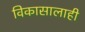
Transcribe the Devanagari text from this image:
विकासालाही